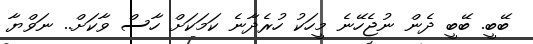
ބޭބީ. ބޭބީ ދެން ނުޖެހޭނެ މީހަކު ހުރެދާނެ ކަމަކަށް ހާސް ވާކަށް.. ނަވްޔާ